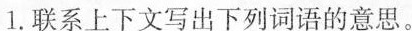
1.联系上下文写出下列词语的意思。